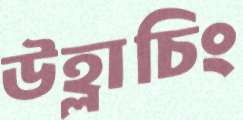
উহ্লাচিং